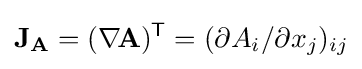
\mathbf {J} _{\mathbf {A} }=(\nabla \!\mathbf {A} )^{\textsf {T}}=(\partial A_{i}/\partial x_{j})_{ij}